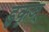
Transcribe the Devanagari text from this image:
डुकृञ्